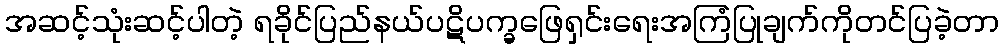
အဆင့်သုံးဆင့်ပါတဲ့ ရခိုင်ပြည်နယ်ပဋိပက္ခဖြေရှင်းရေးအကြံပြုချက်ကိုတင်ပြခဲ့တာ